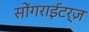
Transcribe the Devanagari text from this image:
सोंगराईटर्ज़